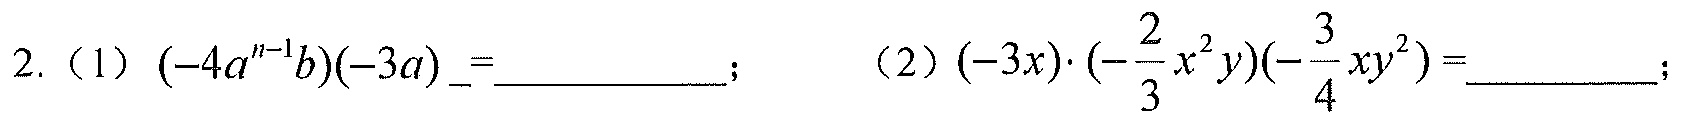
2.（1）\((-4a^{n - 1}b)(-3a)=\underline{\quad\quad}\)； （2）\((-3x)\cdot(-\frac{2}{3}x^{2}y)(-\frac{3}{4}xy^{2})=\underline{\quad\quad}\)；